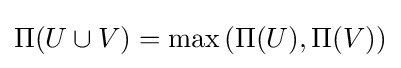
\Pi (U\cup V)=\max \left(\Pi (U),\Pi (V)\right)